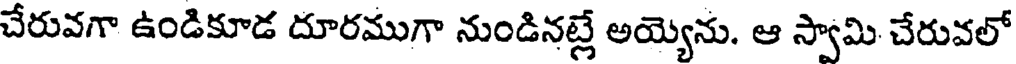
చేరువగా ఉండికూడ దూరముగా నుండినట్లే అయ్యెను. ఆ స్వామి చేరువలో